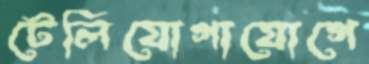
টেলিযোগাযোগে